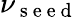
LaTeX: \nu_{\mathrm{~s~e~e~d~}}